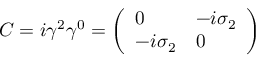
C = i \gamma ^ { 2 } \gamma ^ { 0 } = { \left( \begin{array} { l l } { 0 } & { - i \sigma _ { 2 } } \\ { - i \sigma _ { 2 } } & { 0 } \end{array} \right) }